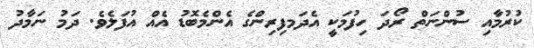
ކުރުމާއި ސުންނަތް ރޯދަ ހިފުމަކީ އެދަމފިރިންގެ އެންމެބޮޑު އެއް އުފަލެވެ. ދަމު ނަމާދު